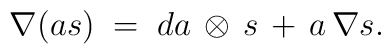
\nabla (as)\;=\;da\,\otimes\,s\,+\,a\,\nabla s .